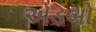
એડબો